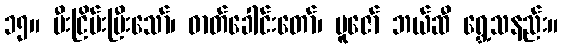
၁၅။ မီးငြိမ်းပြီးသော်၊ ဓာတ်ခေါင်းတော်၊ ပူဇော် ဘယ်ဆီ ရွှေ့သနည်း။